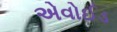
એવોઈડ